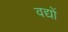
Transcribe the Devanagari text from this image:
वद्यों